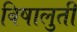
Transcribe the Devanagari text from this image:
विषालुती